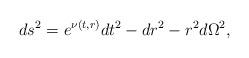
LaTeX: \begin{align*}d{{s}^{2}}={{e}^{\nu (t,r)}}d{{t}^{2}}-d{{r}^{2}}-{{r}^{2}}d{{\Omega }^{2}},\end{align*}